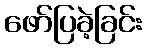
ဖော်ပြခဲ့ခြင်း